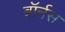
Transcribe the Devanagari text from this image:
बॉर्नस